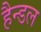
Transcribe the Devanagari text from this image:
हैन्डल